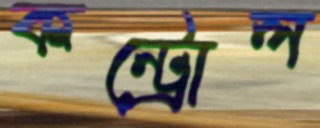
কন্ট্রোল